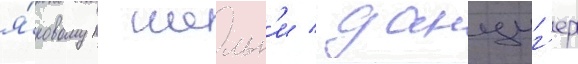
я́ковом шельг'и / данциг'ер